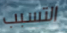
التسبب